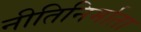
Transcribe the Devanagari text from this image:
नीतिनिर्माता